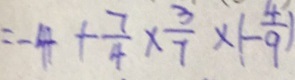
= - 4 + \frac { 7 } { 4 } \times \frac { 3 } { 7 } \times ( - \frac { 4 } { 9 } )